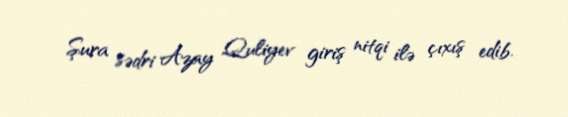
Şura sədri Azay Quliyev giriş nitqi ilə çıxış edib.